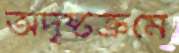
অদৃষ্টক্রমে